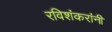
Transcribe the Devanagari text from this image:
रविशंकरांनी